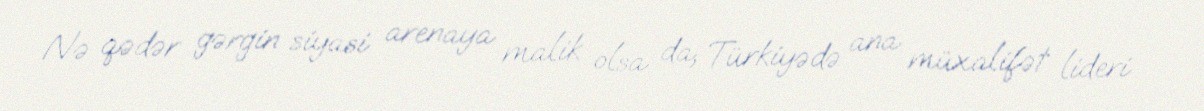
Nə qədər gərgin siyasi arenaya malik olsa da, Türkiyədə ana müxalifət lideri